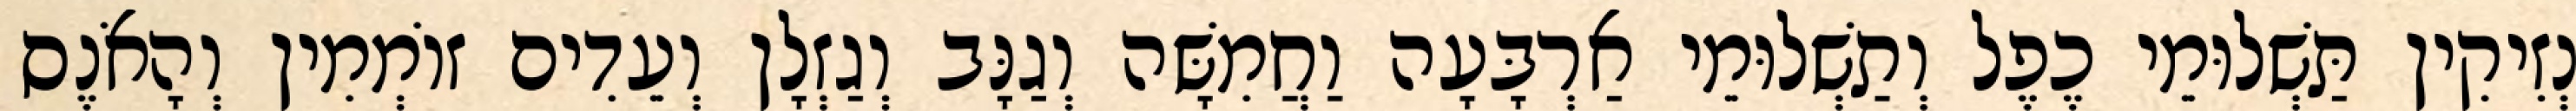
נְזִיקִין תַּשְׁלוּמֵי כֶפֶל וְתַשְׁלוּמֵי אַרְבָּעָה וַחֲמִשָּׁה וְגַנָּב וְגַזְלָן וְעֵדִים זוֹמְמִין וְהָאֹנֶס